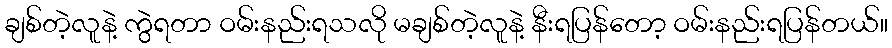
ချစ်တဲ့လူနဲ့ ကွဲရတာ ဝမ်းနည်းရသလို မချစ်တဲ့လူနဲ့ နီးရပြန်တော့ ဝမ်းနည်းရပြန်တယ်။